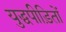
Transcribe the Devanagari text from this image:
युद्धपीड़ितों